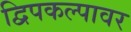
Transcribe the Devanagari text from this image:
द्विपकल्पावर